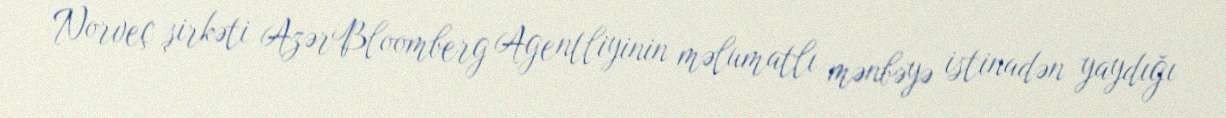
Norveç şirkəti AzərBloomberg Agentliyinin məlumatlı mənbəyə istinadən yaydığı